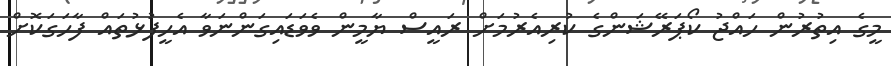
މީގެ އިތުރުން ހައްޖު ކޯޕަރޭޝަންގެ ކުރިއެރުމަށް ރައީސް ޔާމީން ވެވަޑައިގަންނަވާ އެހީފުޅުތައް ފާހަގަކޮށް